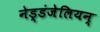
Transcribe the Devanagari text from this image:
नेड्डंजेलियन्